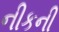
નીકની